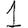
Digit: 1